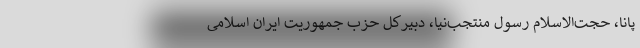
پانا، حجت‌الاسلام رسول منتجب‌نیا، دبیرکل حزب جمهوریت ایران اسلامی